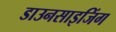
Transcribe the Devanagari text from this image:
डाउनसाइजिंग